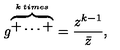
g ^ { \overbrace { + \ldots + } ^ { k \: t i m e s } } = \frac { z ^ { k - 1 } } { \bar { z } } ,